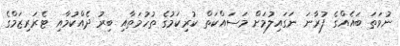
ނުވަތަ ބައެއްގެ ފުރާނަ ނަގައިލުމަށް މަސައްކަތް ކުރިކަމުގެ ތުހުމަތާއި ބިރު ދެއްކުމާއި ޓެރަރިޒަމްގެ